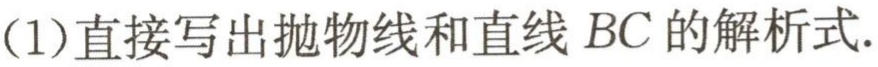
(1)直接写出抛物线和直线\(BC\)的解析式.